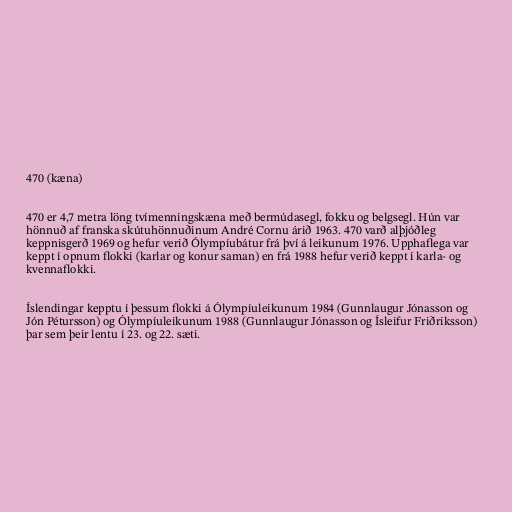
470 (kæna)

470 er 4,7 metra löng tvímenningskæna með bermúdasegl, fokku og belgsegl. Hún var
hönnuð af franska skútuhönnuðinum André Cornu árið 1963. 470 varð alþjóðleg
keppnisgerð 1969 og hefur verið Ólympíubátur frá því á leikunum 1976. Upphaflega var
keppt í opnum flokki (karlar og konur saman) en frá 1988 hefur verið keppt í karla- og
kvennaflokki.

Íslendingar kepptu í þessum flokki á Ólympíuleikunum 1984 (Gunnlaugur Jónasson og
Jón Pétursson) og Ólympíuleikunum 1988 (Gunnlaugur Jónasson og Ísleifur Friðriksson)
þar sem þeir lentu í 23. og 22. sæti.